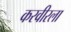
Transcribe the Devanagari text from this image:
करवीरला